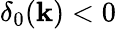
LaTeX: \delta_{0}(\mathbf{k})<0